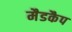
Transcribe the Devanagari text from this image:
मैडकैप